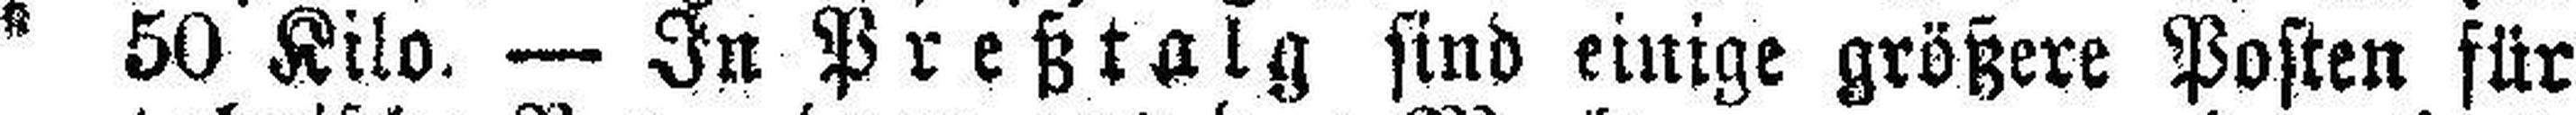
50 Kilo. — In Preßtalg sind einige größere Posten für